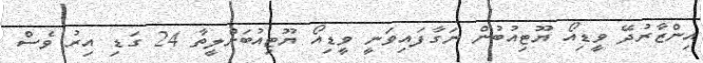
އިންޒާރުދޭ ވީޑިއޯ ޔޫޓިއުބުން ނަގާފައިވަނީ ވީޑިއޯ ޔޫޓިއުބަށްލީތާ 24 ގަޑި އިރު ވެސް